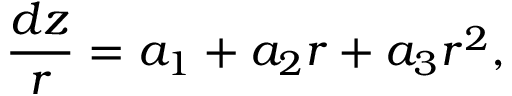
\frac { d z } { r } = a _ { 1 } + a _ { 2 } r + a _ { 3 } r ^ { 2 } ,